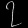
Digit: ၇